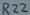
Text: R22